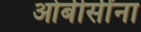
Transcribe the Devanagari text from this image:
ओबीसींना